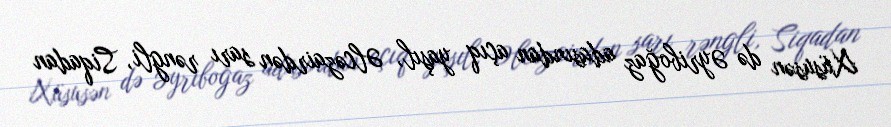
Xüsusən də Əyriboğaz adasından açıq yaşıl, Əlcəzairdən sarı rəngli, Siqadan